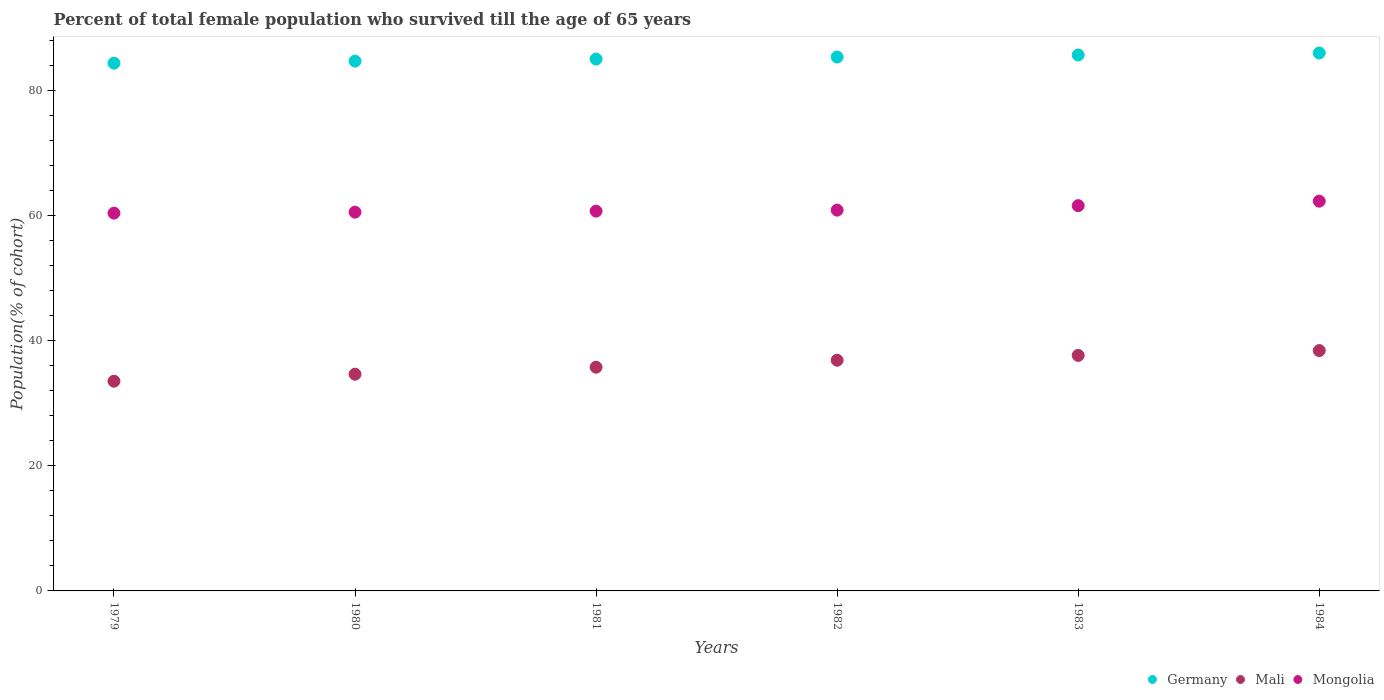
| Years | Germany | Mali | Mongolia |
 | --- | --- | --- | --- |
 | 1979 | 84.3 | 33.5 | 60.4 |
 | 1980 | 84.7 | 34.6 | 60.5 |
 | 1981 | 85 | 35.7 | 60.7 |
 | 1982 | 85.3 | 36.9 | 60.8 |
 | 1983 | 85.6 | 37.6 | 61.6 |
 | 1984 | 86 | 38.4 | 62.3 |